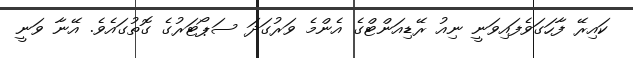
ކައިރޭ ފާހަގަވެފައިވަނީ ނިއު ރޭޑިއަންޓްގެ އެންމެ ވަރުގަދަ ސަޕޯޓަރުގެ ގޮތުގައެވެ. އޭނާ ވަނީ